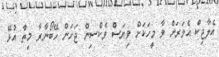
އެލާޖިކް އެވަރަށް ވާ މީހަކަށް ވިޔަސް ވެކްސިން ޖަހަން ހޭބޯނާރާ މިތާ އުޅޭ